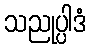
သညုပ္ပါဒံ